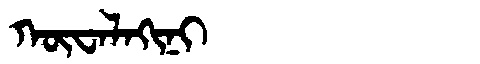
Manchu: ᡴᡡᠸᠠᠯᠠᡴᡳᠨᡳ
Romanization: KŪWALAKINI